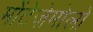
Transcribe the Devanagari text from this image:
मोंटेज़ेमोलो